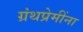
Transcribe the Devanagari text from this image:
ग्रंथप्रेमींना